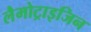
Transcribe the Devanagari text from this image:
लैमोट्राइजिन